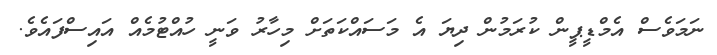
ނަމަވެސް އެމްޑީޕީން ކުރަމުން ދިޔަ އެ މަސައްކަތަށް މިހާރު ވަނީ ހުއްޓުމެއް އައިސްފައެވެ.